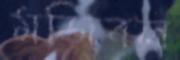
মজিবল